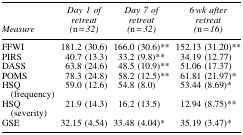
<table><thead><tr><td><b><i>Measure</i></b></td><td><b><i>Day 1 of retreat (</i>n<i> = 32)</i></b></td><td><b><i>Day 7 of retreat (</i>n<i> = 32)</i></b></td><td><b><i>6 wk after retreat (</i>n<i> = 16)</i></b></td></tr></thead><tbody><tr><td>FFWI</td><td>181.2 (30.6)</td><td>166.0 (30.6)<sup>**</sup></td><td>152.13 (31.20)<sup>**</sup></td></tr><tr><td>PIRS</td><td>40.7 (13.3)</td><td>33.2 (9.8)<sup>**</sup></td><td>34.19 (12.77)</td></tr><tr><td>DASS</td><td>63.8 (24.6)</td><td>48.5 (10.9)<sup>**</sup></td><td>51.06 (17.37)</td></tr><tr><td>POMS</td><td>78.3 (24.8)</td><td>58.2 (12.5)<sup>**</sup></td><td>61.81 (21.97)<sup>*</sup></td></tr><tr><td>HSQ (frequency)</td><td>59.0 (12.6)</td><td>54.8 (8.0)</td><td>53.44 (8.69)<sup>*</sup></td></tr><tr><td>HSQ (severity)</td><td>21.9 (14.3)</td><td>16.2 (13.5)</td><td>12.94 (8.75)<sup>**</sup></td></tr><tr><td>GSE</td><td>32.15 (4.54)</td><td>33.48 (4.04)<sup>*</sup></td><td>35.19 (3.47)<sup>*</sup></td></tr></tbody></table>